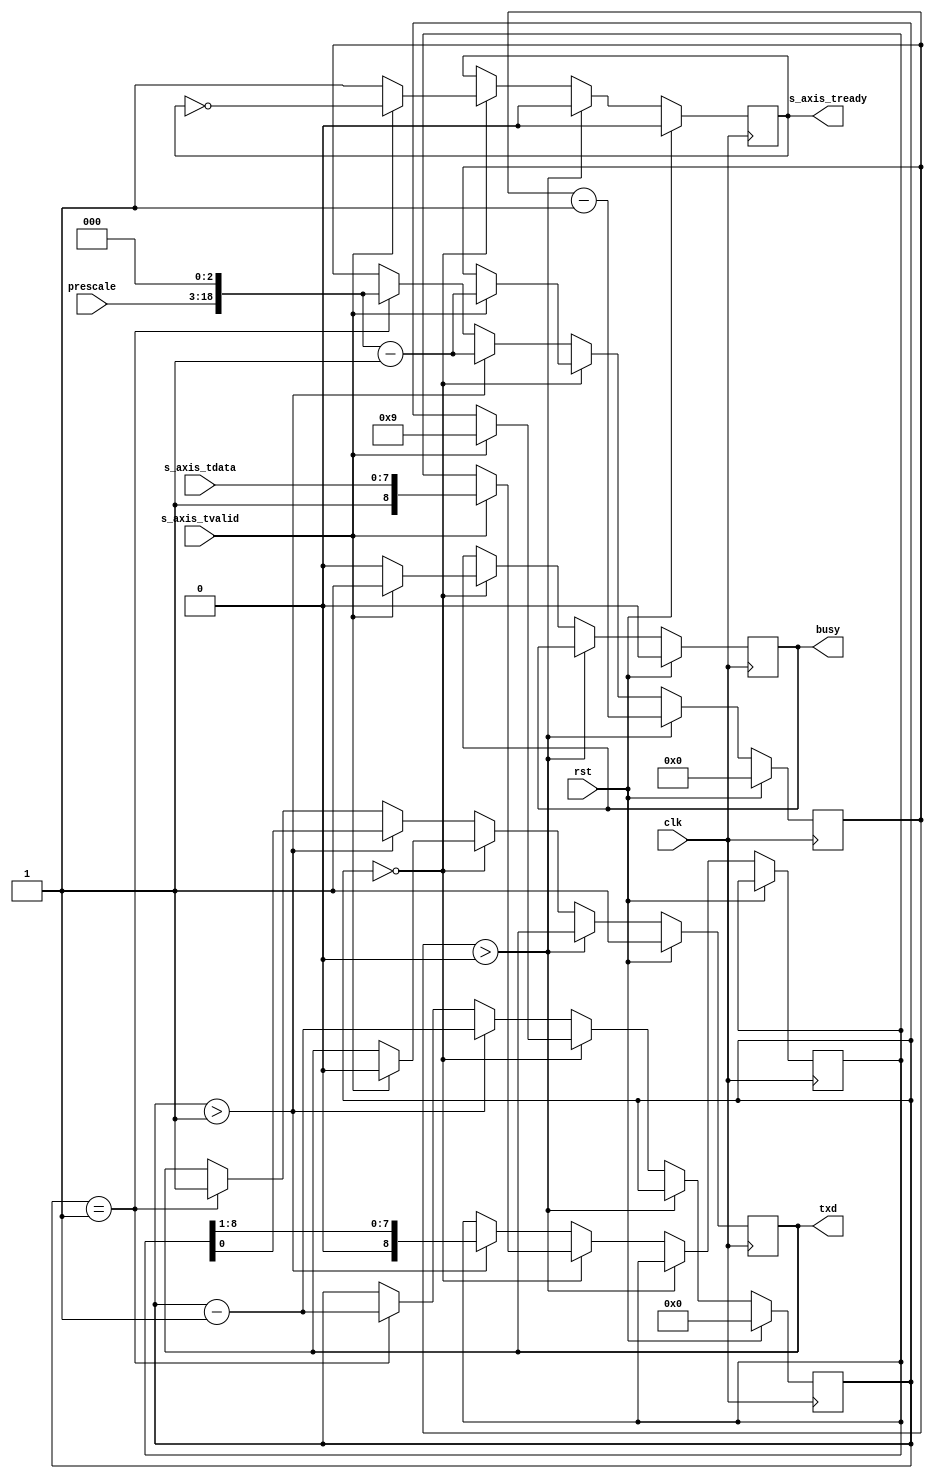
module uart_tx_27 #
(
    parameter DATA_WIDTH = 8
)
(
    input  wire                   clk,
    input  wire                   rst,
    input  wire [DATA_WIDTH-1:0]  s_axis_tdata,
    input  wire                   s_axis_tvalid,
    output wire                   s_axis_tready,
    output wire                   txd,
    output wire                   busy,
    input  wire [15:0]            prescale
);
reg s_axis_tready_reg = 0;
reg txd_reg = 1;
reg busy_reg = 0;
reg [DATA_WIDTH:0] data_reg = 0;
reg [18:0] prescale_reg = 0;
reg [3:0] bit_cnt = 0;
assign s_axis_tready = s_axis_tready_reg;
assign txd = txd_reg;
assign busy = busy_reg;
always @(posedge clk) begin
    if (rst) begin
        s_axis_tready_reg <= 0;
        txd_reg <= 1;
        prescale_reg <= 0;
        bit_cnt <= 0;
        busy_reg <= 0;
    end else begin
        if (prescale_reg > 0) begin
            s_axis_tready_reg <= 0;
            prescale_reg <= prescale_reg - 1;
        end else if (bit_cnt == 0) begin
            s_axis_tready_reg <= 1;
            busy_reg <= 0;
            if (s_axis_tvalid) begin
                s_axis_tready_reg <= !s_axis_tready_reg;
                prescale_reg <= (prescale << 3)-1;
                bit_cnt <= DATA_WIDTH+1;
                data_reg <= {1'b1, s_axis_tdata};
                txd_reg <= 0;
                busy_reg <= 1;
            end
        end else begin
            if (bit_cnt > 1) begin
                bit_cnt <= bit_cnt - 1;
                prescale_reg <= (prescale << 3)-1;
                {data_reg, txd_reg} <= {1'b0, data_reg};
            end else if (bit_cnt == 1) begin
                bit_cnt <= bit_cnt - 1;
                prescale_reg <= (prescale << 3);
                txd_reg <= 1;
            end
        end
    end
end
endmodule